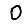
Digit: 0